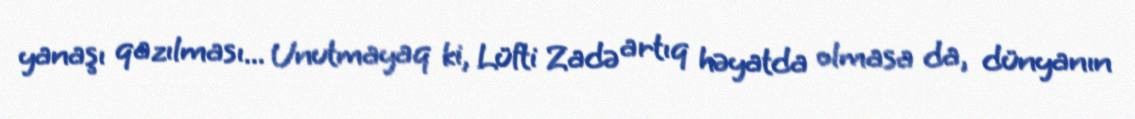
yanaşı qazılması... Unutmayaq ki, Lüfti Zadə artıq həyatda olmasa da, dünyanın